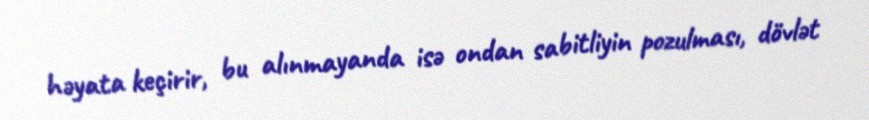
həyata keçirir, bu alınmayanda isə ondan sabitliyin pozulması, dövlət